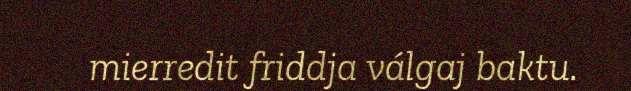
mierredit friddja válgaj baktu.